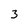
Character: 3